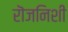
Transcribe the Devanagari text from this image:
रॊजनिशी